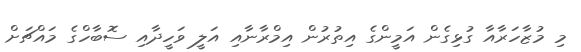
މި މުޒާހަރާއާ ގުޅިގެން އަމީންގެ އިތުރުން އިމްރާނާއި އަލީ ވަހީދާއި ސޮބާހްގެ މައްޗަށް